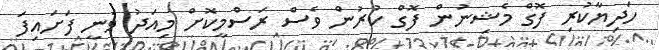
ހަދިޔާކުރި ފޮގް މެޝިނުން ފޮގް ކުރުން ވެސް ރަސްމީކޮށް މިއަދު ވަނީ ފަށައިފަ